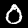
Label: 0